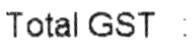
TOTAL GST :